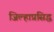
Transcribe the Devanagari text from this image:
जिल्हाप्रसिद्ध